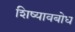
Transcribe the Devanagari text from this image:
शिष्यावबोध